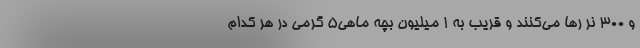
و ۳۰۰ نر رها می‌کنند و قریب به ۱ میلیون بچه ماهی۵ گرمی در هر کدام